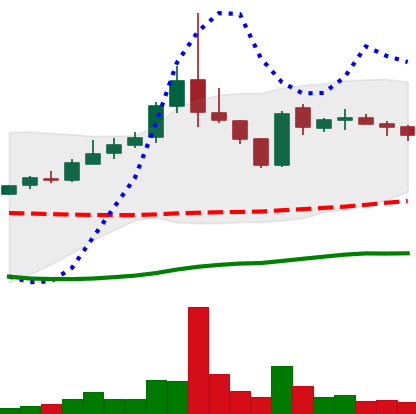
Ticker: TRX-USD
Chart end date: 2019-01-20
Forward return: 12.137%
Label: up_7plus